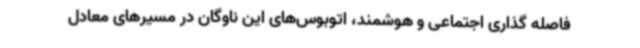
فاصله گذاری اجتماعی و هوشمند، اتوبوس‌های این ناوگان در مسیرهای معادل